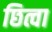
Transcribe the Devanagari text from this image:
छित्वा